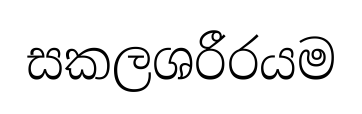
සකලශරීරයම